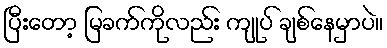
ပြီးတော့ မြခက်ကိုလည်း ကျုပ် ချစ်နေမှာပဲ။